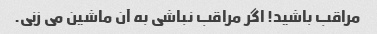
مراقب باشید! اگر مراقب نباشی به آن ماشین می زنی.